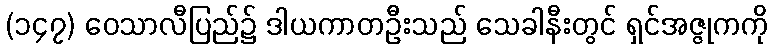
(၁၄၇) ဝေသာလီပြည်၌ ဒါယကာတဦးသည် သေခါနီးတွင် ရှင်အဇ္ဇုကကို